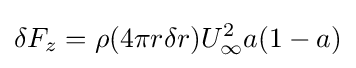
\delta F_{z}=\rho (4\pi r\delta r)U_{\infty }^{2}a(1-a)